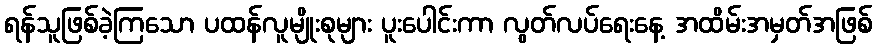
ရန်သူဖြစ်ခဲ့ကြသော ပထန်လူမျိုးစုများ ပူးပေါင်းကာ လွတ်လပ်ရေးနေ့ အထိမ်းအမှတ်အဖြစ်